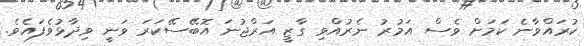
ކުރައްވާނެ ކަމަށް ވެސް އަމުރު ނެރުއްވި ގާޒީ އަރްޖުނަ އޮބޭސޭކަރަ ވަނީ ވިދާޅުވެފައެވެ.